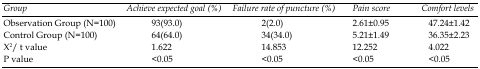
<table><thead><tr><td><b><i>Group</i></b></td><td><b><i>Achieve expected goal (%)</i></b></td><td><b><i>Failure rate of puncture (%)</i></b></td><td><b><i>Pain score</i></b></td><td><b><i>Comfort levels</i></b></td></tr></thead><tbody><tr><td>Observation Group (N=100)</td><td>93(93.0)</td><td>2(2.0)</td><td>2.61±0.95</td><td>47.24±1.42</td></tr><tr><td>Control Group (N=100)</td><td>64(64.0)</td><td>34(34.0)</td><td>5.21±1.49</td><td>36.35±2.23</td></tr><tr><td>X<sup>2</sup>/t value</td><td>1.622</td><td>14.853</td><td>12.252</td><td>4.022</td></tr><tr><td>P value</td><td>&lt;0.05</td><td>&lt;0.05</td><td>&lt;0.05</td><td>&lt;0.05</td></tr></tbody></table>